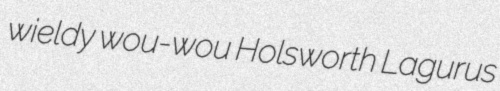
wieldy wou-wou Holsworth Lagurus